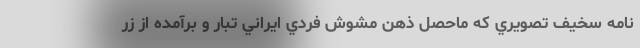
نامه سخيف تصويري كه ماحصل ذهن مشوش فردي ایراني تبار و برآمده از زر